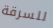
للسرقة